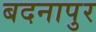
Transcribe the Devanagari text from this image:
बदनापुर